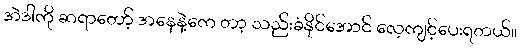
အဲဒါကို ဆရာတော့် အနေနဲ့ကေ တာ့ သည်းခံနိုင်အောင် လေ့ကျင့်ပေးရတယ်။